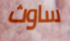
ساوث